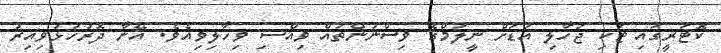
ކޮޓަރީގައި ޓަކި ޖަހާލި އަޑަށް ނީލަމްގެ ވިސްނުންތައް ވިއްސި ވިހާލިވިއެވެ. އޭނާ ދޮރުހުޅުވިއިރު